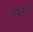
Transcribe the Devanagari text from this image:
द्रष्तव्य